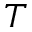
T